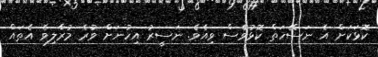
ކޮޅަކަށް އެ ނަސޭހަތް ކޮޅުވެސް ވިއެވެ. ނަސީރު އިހުނަށް ވުރެ މުރާލިިވެ އެތައް